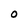
Character: 0